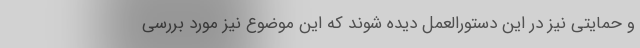
و حمایتی نیز در این دستورالعمل دیده شوند که این موضوع نیز مورد بررسی